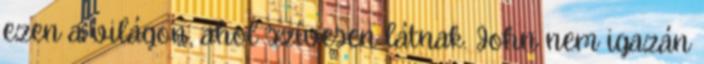
ezen a világon, ahol szívesen látnak. John nem igazán